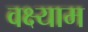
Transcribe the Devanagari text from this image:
वक्ष्याम